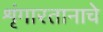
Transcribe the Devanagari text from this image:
शृंगारतानाचे